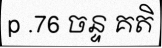
p .76 ចន្ទ គតិ